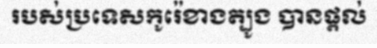
របស់ប្រទេសកូរ៉េខាងត្បូង បានផ្តល់